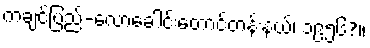
ကချင်ပြည်-လောခေါင်းတောင်တန်းနယ်၊ ၁၉၅၆?။